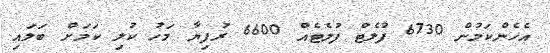
އެހެންކަމުން 6730 ފުލެޓް ފުލެޓެއް 6600 ރުފިޔާ މަހު ކުލި ކަމަށް ބަލައި